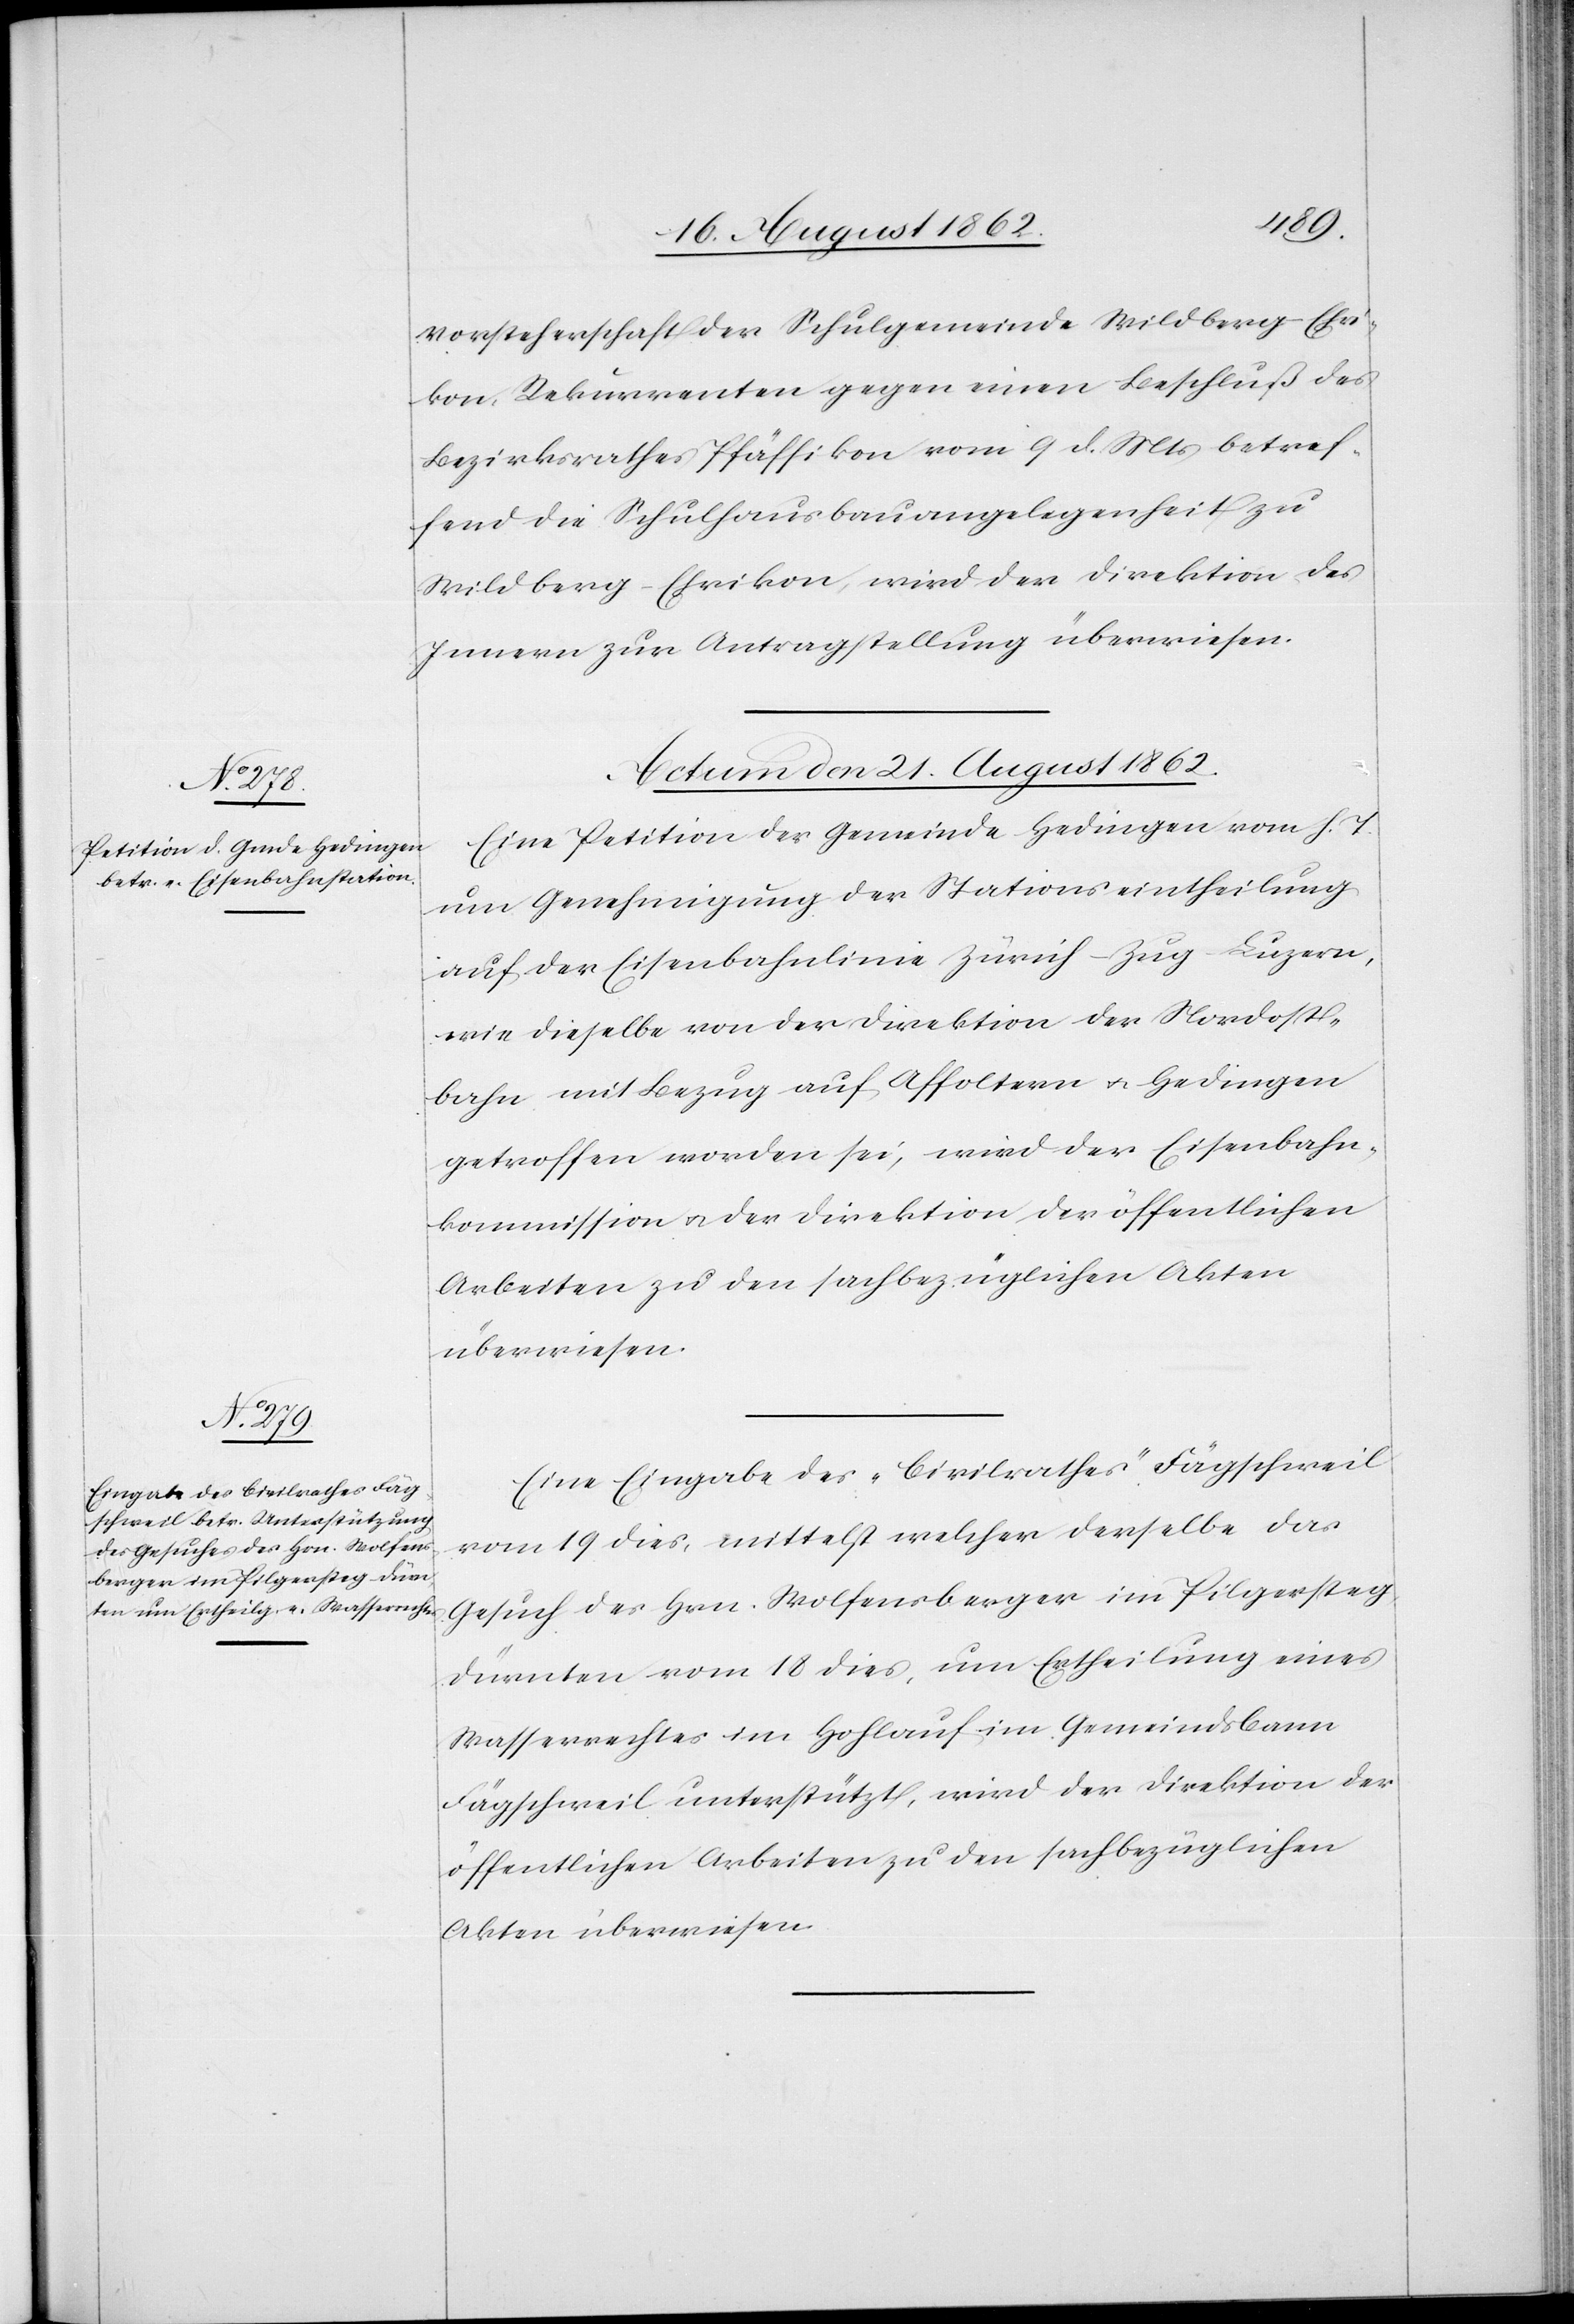
Vorsteherschaft der Schulgemeinde Wildberg-Efri¬
kon, Rekurrenten gegen einen Beschluß des
Bezirksrathes Pfäffikon vom 9. d. Mts. betref¬
fend die Schulhausbauangelegenheit zu
Wildberg-Efrikon, wird der Direktion des
Innern zur Antragstellung überwiesen.
Actum den 21. August 1862.]
Eine Petition der Gemeinde Hedingen vom h. T.
um Genehmigung der Stationseintheilung
auf der Eisenbahnlinie Zürich–Zug–Luzern,
wie dieselbe von der Direktion der Nordost¬
bahn mit Bezug auf Affoltern u. Hedingen
getroffen worden sei, wird der Eisenbahn¬
kommission u. der Direktion der öffentlichen
Arbeiten zu den sachbezüglichen Akten
überwiesen.
Eine Eingabe des „Civilrathes“ Fägschweil
vom 19. dies, mittelst welcher derselbe das
Gesuch des Hrn. Wolfensberger im Pilgersteg,
Dürnten vom 18. dies, um Ertheilung eines
Wasserrechtes im Hochlauf im Gemeindsbann
Fägschweil unterstützt, wird der Direktion der
öffentlichen Arbeiten zu den sachbezüglichen
Akten überwiesen.